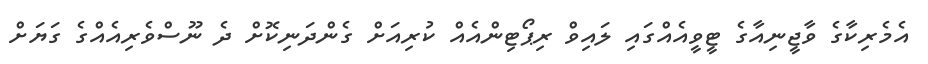
އެމެރިކާގެ ވާޖީނިއާގެ ޓީވީއެއްގައި ލައިވް ރިޕޯޓިންއެއް ކުރިއަށް ގެންދަނިކޮށް ދެ ނޫސްވެރިއެއްގެ ގަޔަށް